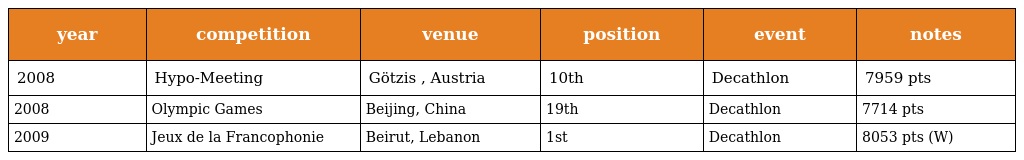
| year | competition | venue | position | event | notes |
 | --- | --- | --- | --- | --- | --- |
 | 2008 | Hypo-Meeting | Götzis , Austria | 10th | Decathlon | 7959 pts |
 | 2008 | Olympic Games | Beijing, China | 19th | Decathlon | 7714 pts |
 | 2009 | Jeux de la Francophonie | Beirut, Lebanon | 1st | Decathlon | 8053 pts (W) |